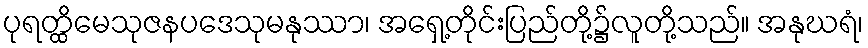
ပုရတ္ထိမေသုဇနပဒေသုမနုဿာ၊ အရှေ့တိုင်းပြည်တို့၌လူတို့သည်။ အနုဃရံ၊